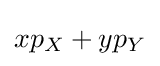
xp_{X}+yp_{Y}